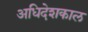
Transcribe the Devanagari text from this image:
अधिदेशकाल